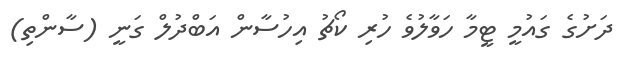
ދަށުގެ ގައުމީ ޓީމާ ހަވާލުވެ ހުރި ކޯޗު އިހުސާން އަބްދުލް ގަނީ (ސާންތި)